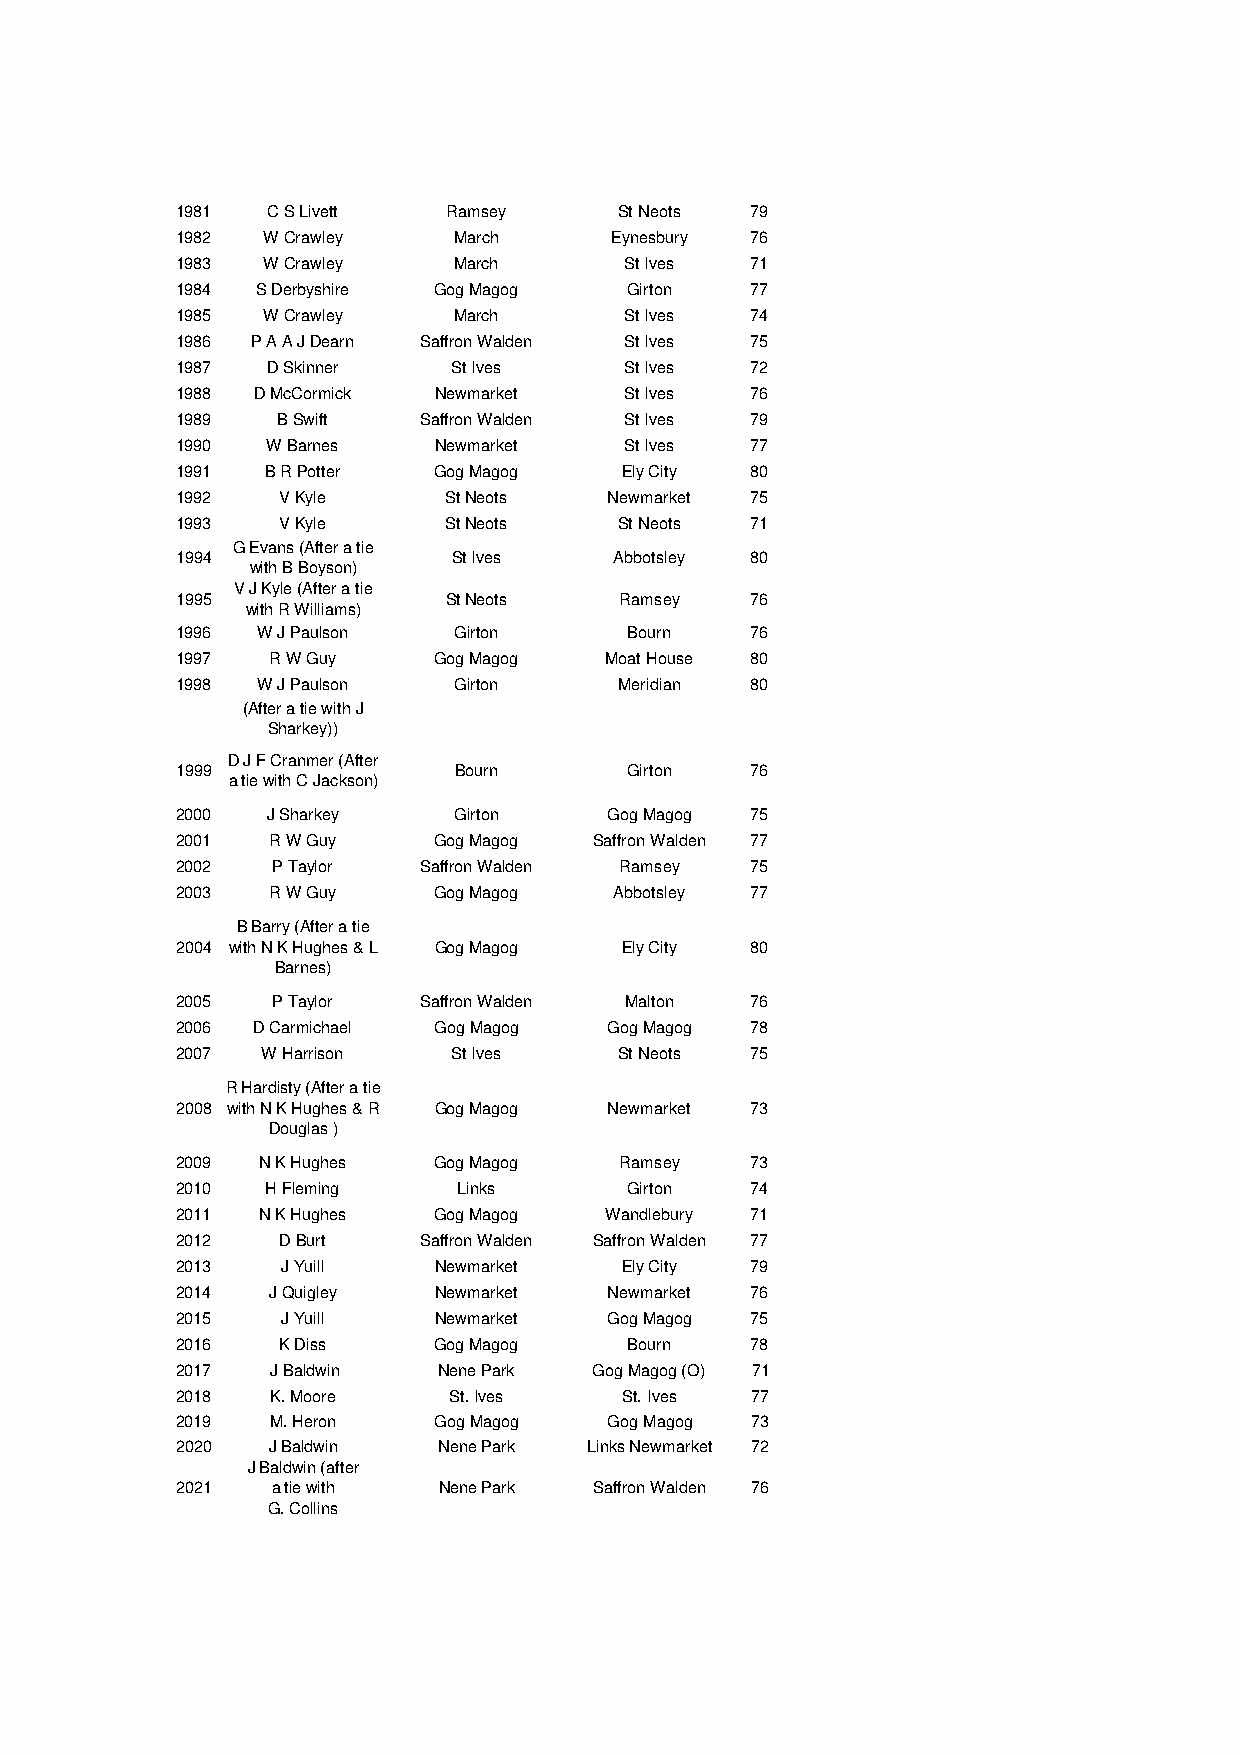
1981  C S Livett  Ramsey     St Neots 79
 1982 W Crawley    March     Eynesbury 76
 1983 W Crawley    March      St Ives  71
 1984 S Derbyshire Gog Magog   Girton  77
 1985 W Crawley    March      St Ives  74
 1986 P A A J Dearn Saffron Walden St Ives 75
 1987  D Skinner   St Ives    St Ives  72
 1988 D McCormick Newmarket   St Ives  76
 1989  B Swift   Saffron Walden St Ives 79
 1990  W Barnes   Newmarket   St Ives  77
 1991  B R Potter Gog Magog   Ely City 80
 1992   V Kyle     St Neots  Newmarket 75
 1993   V Kyle     St Neots   St Neots 71
 G Evans (After a tie
 1994              St Ives    Abbotsley 80
 with B Boyson)
 V J Kyle (After a tie
 1995              St Neots   Ramsey   76
 with R Williams)
 1996 W J Paulson  Girton      Bourn   76
 1997  R W Guy    Gog Magog  Moat House 80
 1998 W J Paulson  Girton     Meridian 80
 (After a tie with J
 Sharkey))
 D J F Cranmer (After
 1999              Bourn       Girton  76
 a tie with C Jackson)
 2000  J Sharkey   Girton    Gog Magog 75
 2001  R W Guy    Gog Magog Saffron Walden 77
 2002  P Taylor  Saffron Walden Ramsey 75
 2003  R W Guy    Gog Magog   Abbotsley 77
 B Barry (After a tie
 2004 with N K Hughes & L Gog Magog Ely City 80
 Barnes)
 2005  P Taylor  Saffron Walden Malton 76
 2006 D Carmichael Gog Magog Gog Magog 78
 2007 W Harrison   St Ives    St Neots 75
 R Hardisty (After a tie
 2008 with N K Hughes & R Gog Magog Newmarket 73
 Douglas )
 2009 N K Hughes  Gog Magog   Ramsey   73
 2010  H Fleming   Links       Girton  74
 2011 N K Hughes  Gog Magog  Wandlebury 71
 2012   D Burt   Saffron Walden Saffron Walden 77
 2013   J Yuill   Newmarket   Ely City 79
 2014  J Quigley  Newmarket  Newmarket 76
 2015   J Yuill   Newmarket  Gog Magog 75
 2016   K Diss    Gog Magog    Bourn   78
 2017  J Baldwin  Nene Park Gog Magog (O) 71
 2018  K. Moore    St. Ives   St. Ives 77
 2019  M. Heron   Gog Magog  Gog Magog 73
 2020  J Baldwin  Nene Park Links Newmarket 72
 J Baldwin (after
 2021  a tie with Nene Park Saffron Walden 76
 G. Collins